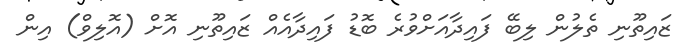
ޒައިތޫނި ތެލުން ލިބޭ ފައިދާއަށްވުރެ ބޮޑު ފައިދާއެއް ޒައިތޫނި އޮށް (އޮލިވް) އިން